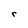
Character: r